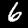
Label: 6